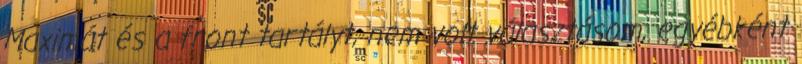
Maximát és a front tartályt, nem volt választásom, egyébként